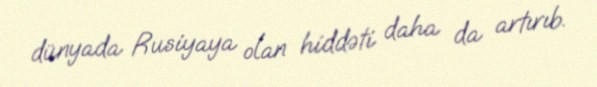
dünyada Rusiyaya olan hiddəti daha da artırıb.